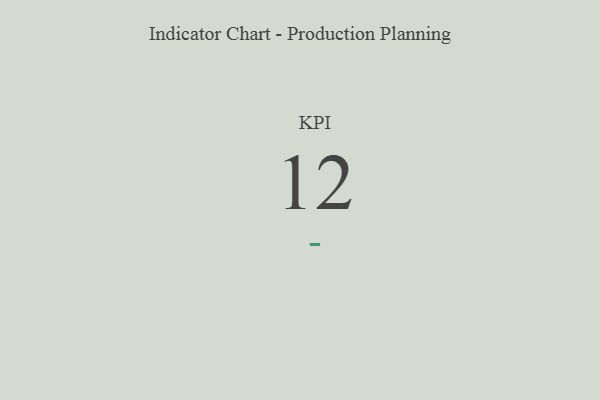
{"axis": {"x": "KPI", "y": "Value"}, "legend": [""], "data": [{"x": "KPI", "y": 12, "type": ""}]}